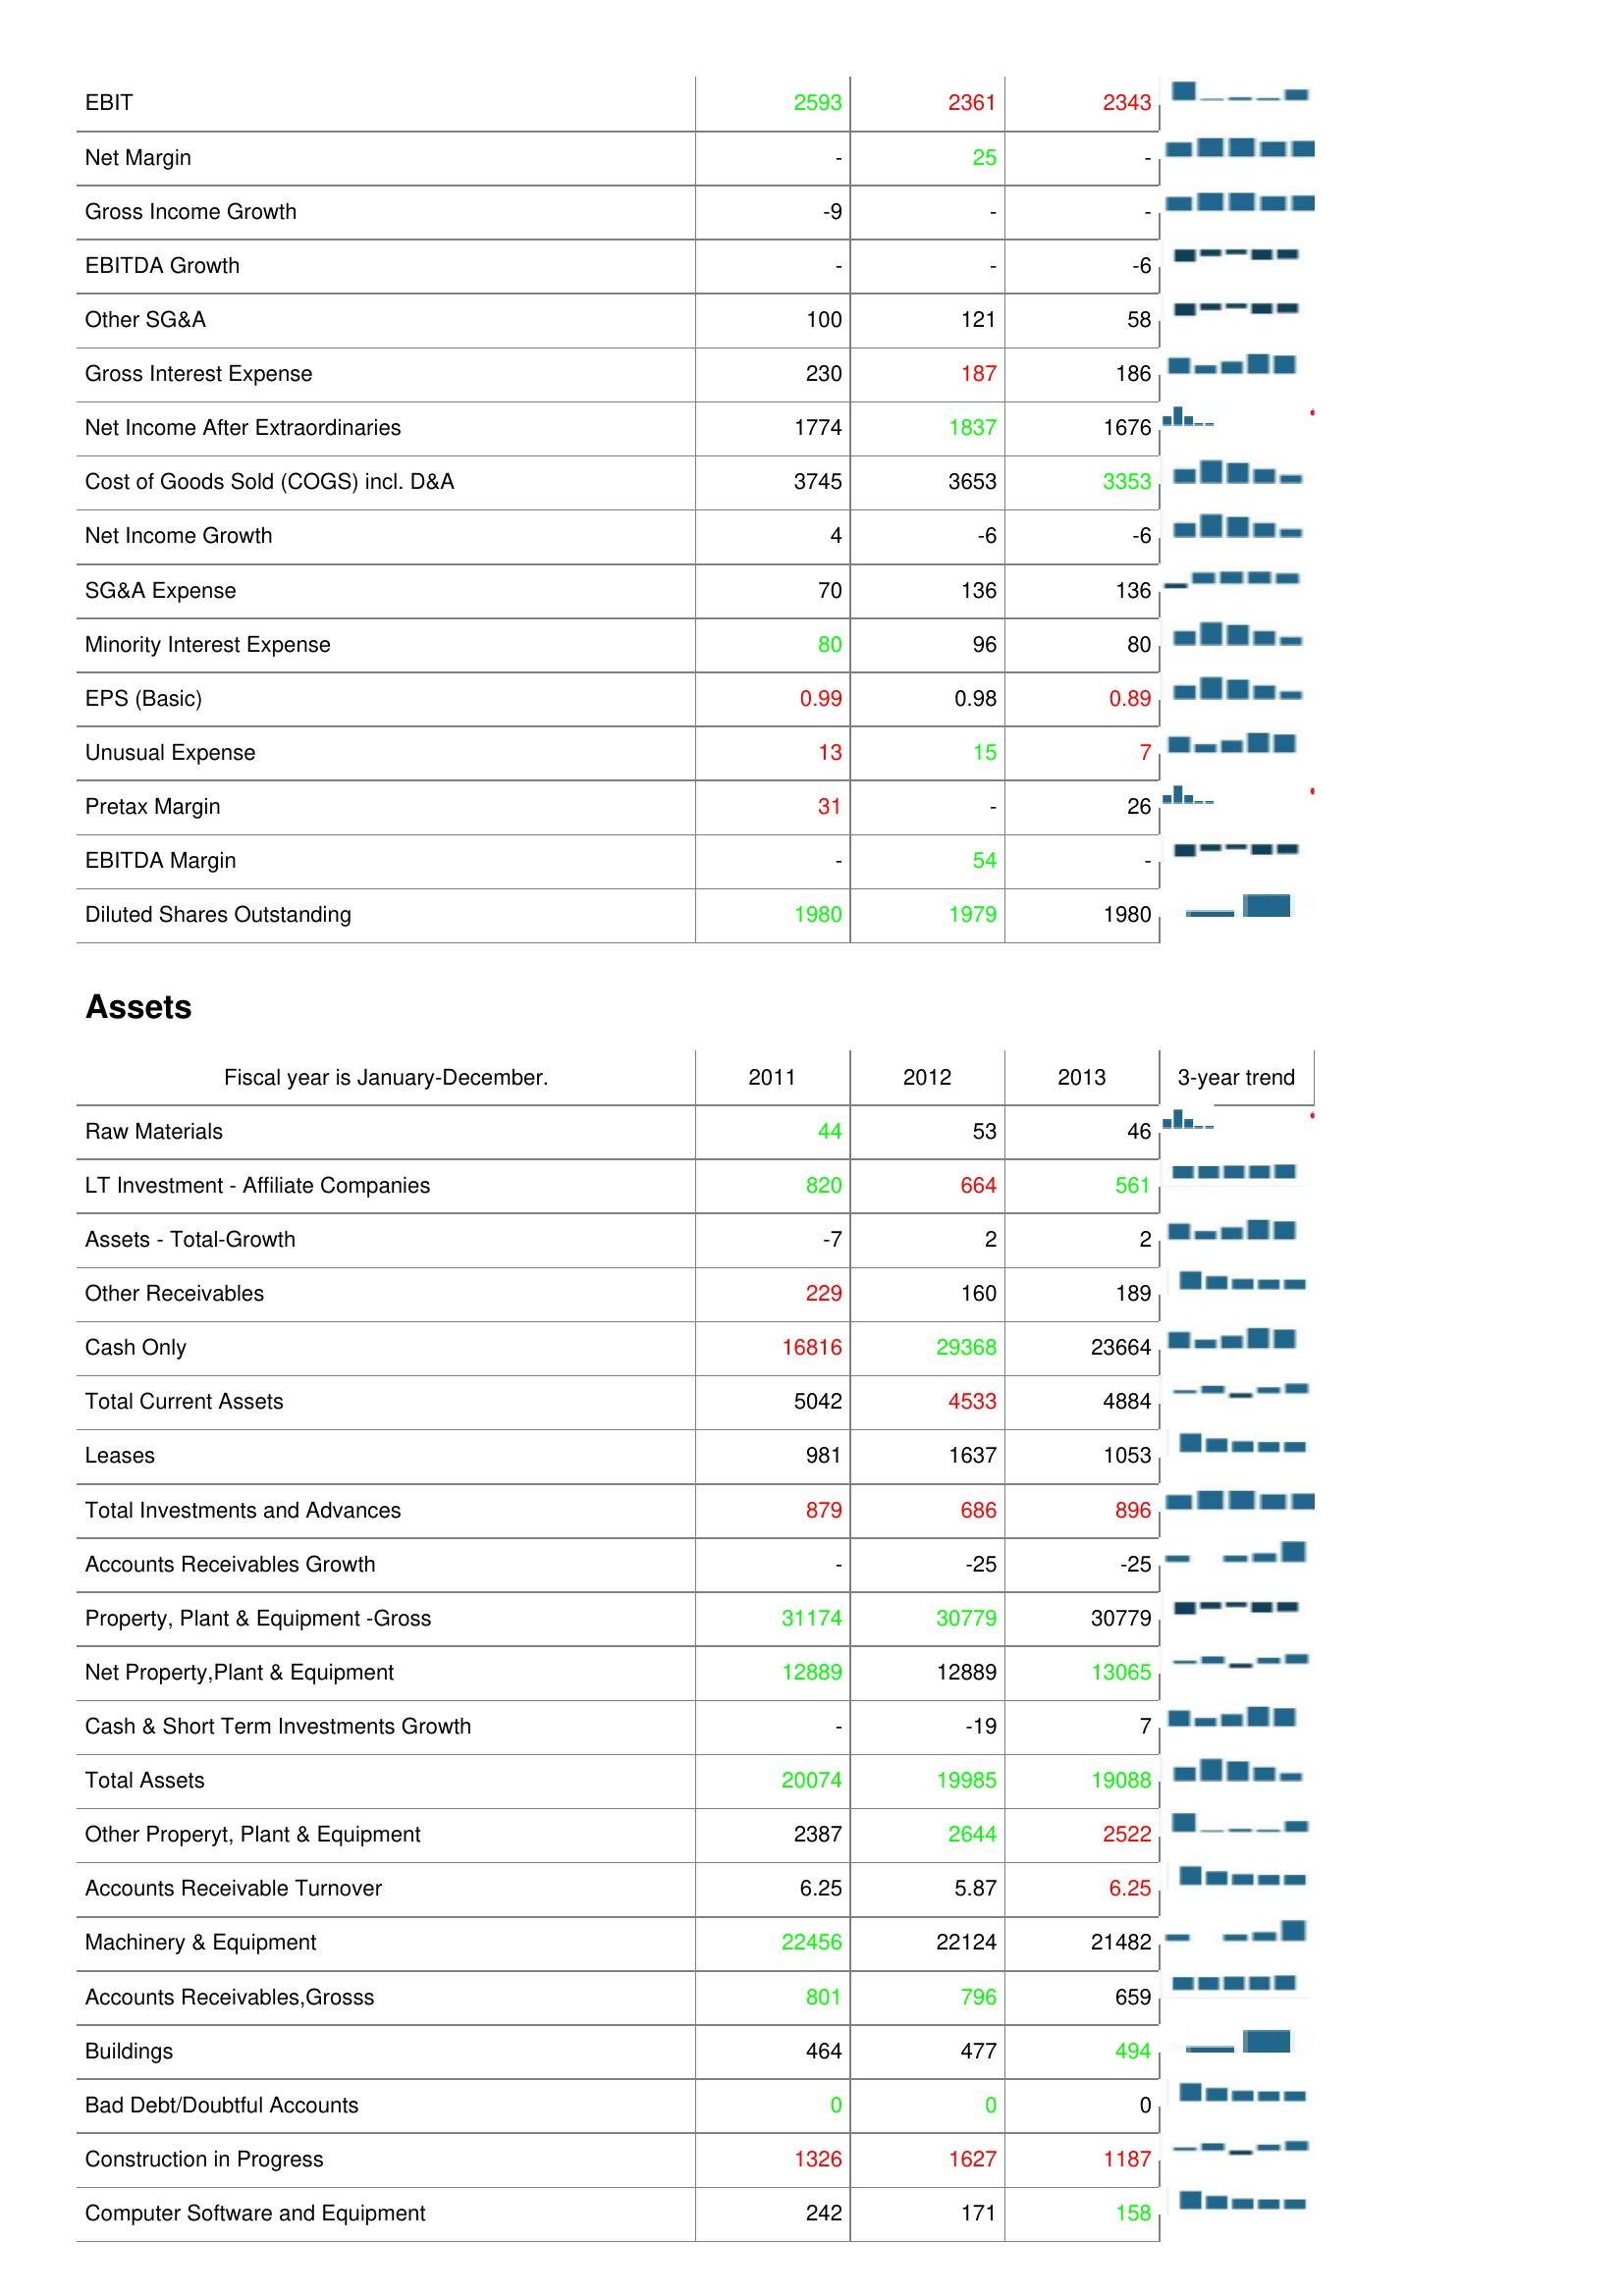
2011: : EBIT: 2593
Net Margin: -
Gross Income Growth: -9
EBITDA Growth: -
Other SG&A: 100
Gross Interest Expense: 230
Net Income After Extraordinaries: 1774
Cost of Goods Sold (COGS) incl. D&A: 3745
Net Income Growth: 4
SG&A Expense: 70
Minority Interest Expense: 80
EPS (Basic): 0.99
Unusual Expense: 13
Pretax Margin: 31
EBITDA Margin: -
Diluted Shares Outstanding: 1980
Assets: Raw Materials: 44
LT Investment - Affiliate Companies: 820
Assets - Total-Growth: -7
Other Receivables: 229
Cash Only: 16816
Total Current Assets: 5042
Leases: 981
Total Investments and Advances: 879
Accounts Receivables Growth: -
Property, Plant & Equipment -Gross: 31174
Net Property,Plant & Equipment: 12889
Cash & Short Term Investments Growth: -
Total Assets: 20074
Other Properyt, Plant & Equipment: 2387
Accounts Receivable Turnover: 6.25
Machinery & Equipment: 22456
Accounts Receivables,Grosss: 801
Buildings: 464
Bad Debt/Doubtful Accounts: 0
Construction in Progress: 1326
Computer Software and Equipment: 242
2012: : EBIT: 2361
Net Margin: 25
Gross Income Growth: -
EBITDA Growth: -
Other SG&A: 121
Gross Interest Expense: 187
Net Income After Extraordinaries: 1837
Cost of Goods Sold (COGS) incl. D&A: 3653
Net Income Growth: -6
SG&A Expense: 136
Minority Interest Expense: 96
EPS (Basic): 0.98
Unusual Expense: 15
Pretax Margin: -
EBITDA Margin: 54
Diluted Shares Outstanding: 1979
Assets: Raw Materials: 53
LT Investment - Affiliate Companies: 664
Assets - Total-Growth: 2
Other Receivables: 160
Cash Only: 29368
Total Current Assets: 4533
Leases: 1637
Total Investments and Advances: 686
Accounts Receivables Growth: -25
Property, Plant & Equipment -Gross: 30779
Net Property,Plant & Equipment: 12889
Cash & Short Term Investments Growth: -19
Total Assets: 19985
Other Properyt, Plant & Equipment: 2644
Accounts Receivable Turnover: 5.87
Machinery & Equipment: 22124
Accounts Receivables,Grosss: 796
Buildings: 477
Bad Debt/Doubtful Accounts: 0
Construction in Progress: 1627
Computer Software and Equipment: 171
2013: : EBIT: 2343
Net Margin: -
Gross Income Growth: -
EBITDA Growth: -6
Other SG&A: 58
Gross Interest Expense: 186
Net Income After Extraordinaries: 1676
Cost of Goods Sold (COGS) incl. D&A: 3353
Net Income Growth: -6
SG&A Expense: 136
Minority Interest Expense: 80
EPS (Basic): 0.89
Unusual Expense: 7
Pretax Margin: 26
EBITDA Margin: -
Diluted Shares Outstanding: 1980
Assets: Raw Materials: 46
LT Investment - Affiliate Companies: 561
Assets - Total-Growth: 2
Other Receivables: 189
Cash Only: 23664
Total Current Assets: 4884
Leases: 1053
Total Investments and Advances: 896
Accounts Receivables Growth: -25
Property, Plant & Equipment -Gross: 30779
Net Property,Plant & Equipment: 13065
Cash & Short Term Investments Growth: 7
Total Assets: 19088
Other Properyt, Plant & Equipment: 2522
Accounts Receivable Turnover: 6.25
Machinery & Equipment: 21482
Accounts Receivables,Grosss: 659
Buildings: 494
Bad Debt/Doubtful Accounts: 0
Construction in Progress: 1187
Computer Software and Equipment: 158